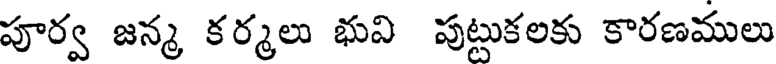
పూర్వ జన్మ కర్మలు భువి పుట్టుకలకు కారణములు